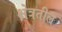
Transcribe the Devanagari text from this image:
क्षेत्रतील